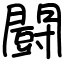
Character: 闘